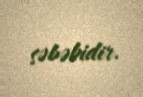
səbəbidir.